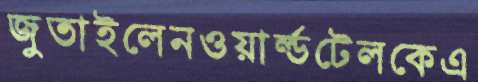
জুতাইলেনওয়ার্ল্ডটেলকেএ